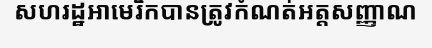
សហរដ្ឋអាមេរិកបានត្រូវកំណត់អត្តសញ្ញាណ